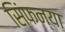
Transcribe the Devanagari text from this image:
सिंफन्या